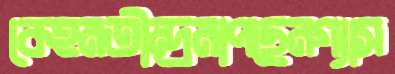
কেহমতীন্দ্রমাপছেনগ্যাস